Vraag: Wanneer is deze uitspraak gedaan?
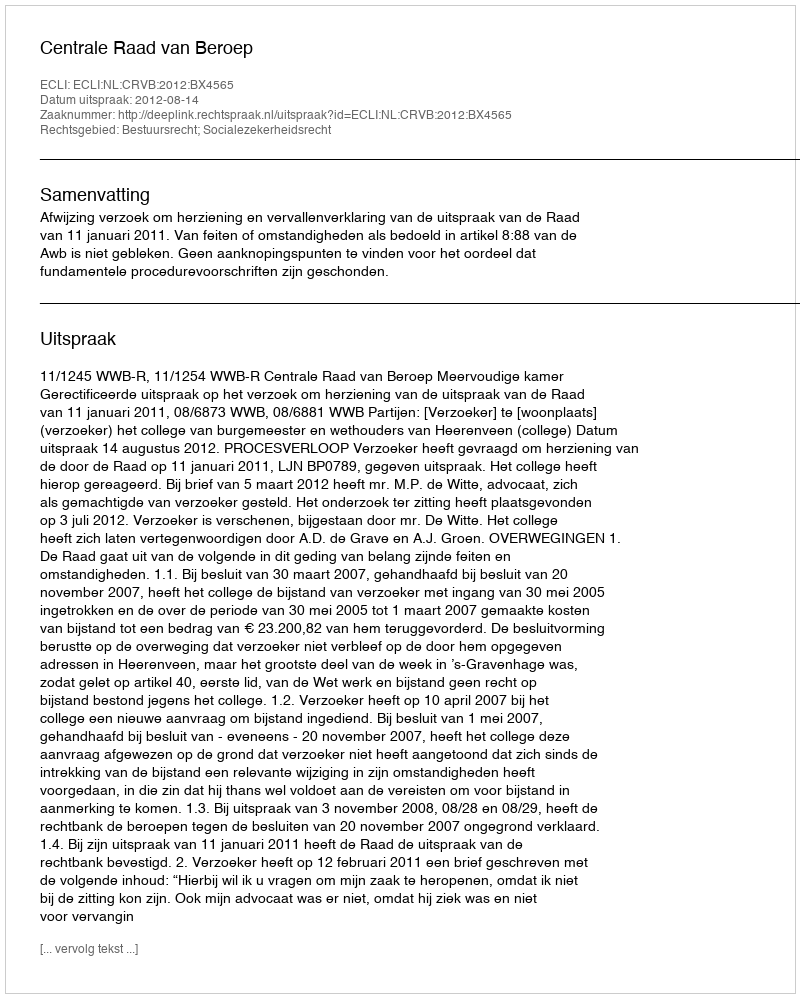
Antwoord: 2012-08-14